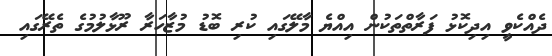
ދެއްކެވީ އިދިކޮޅު ފަރާތްތަކުން އިއްޔެ މާލޭގައި ކުރި ބޮޑު މުޒާހަރާ ރޫޅާލުމުގެ ތެރޭގައި